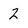
Character: 2